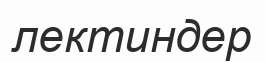
лектиндер